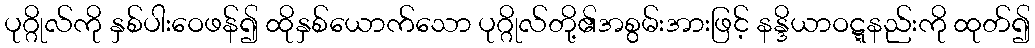
ပုဂ္ဂိုလ်ကို နှစ်ပါးဝေဖန်၍ ထိုနှစ်ယောက်သော ပုဂ္ဂိုလ်တို့၏အစွမ်းအားဖြင့် နန္ဒိယာဝဋ္ဋနည်းကို ထုတ်၍